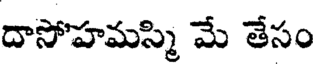
దాసోహమస్మి మే తేసం